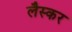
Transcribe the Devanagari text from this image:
लैस्कर